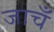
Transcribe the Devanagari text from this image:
जाचँ